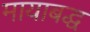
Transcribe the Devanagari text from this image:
मायाबद्ध